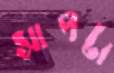
সাপটা